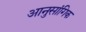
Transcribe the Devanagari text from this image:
आनुसांगिक